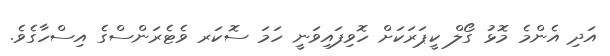
އަދި އެންމެ މޮޅު ގޯލް ކީޕަރަކަށް ހޮވިފައިވަނީ ހަމަ ސޮކަރ ވެޓެރަންސްގެ އިސްހާގެވެ.